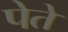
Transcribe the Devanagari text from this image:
पेते